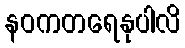
နဝကတရေနုပါလိ